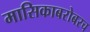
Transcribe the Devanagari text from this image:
मासिकाबरोबरच